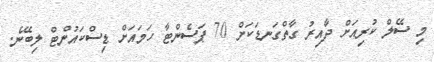
މި ސޭލް ކުރިއަށް ދާއިރު ގާތްގަނޑަކަށް 70 ޕަސެންޓާ ހަމައަށް ޑިސްކައުންޓް ލިބޭނެ.